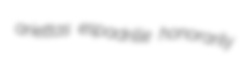
ariettas espadrille honorarily